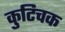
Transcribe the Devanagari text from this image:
कुटिचक